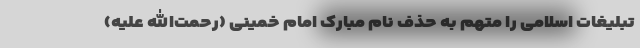
تبلیغات اسلامی را متهم به حذف نام مبارک امام خمینی (رحمت‌الله علیه)